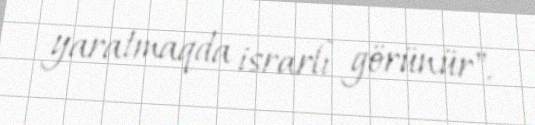
yaratmaqda israrlı görünür".